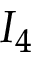
I _ { 4 }